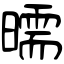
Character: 曘